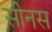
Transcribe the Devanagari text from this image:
सीनस